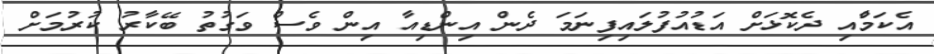
އެކަމާްއި ދެކޮޅަށް އަޑުއުފުލައިފިނަމަ ދެން އިންޑިއާ އިން ވެސް ވަގުތު ބޭކާރު ކުރުމަށް